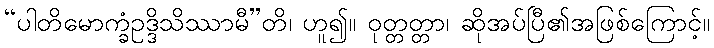
“ပါတိမောက္ခံဥဒ္ဒိသိဿာမီ”တိ၊ ဟူ၍။ ဝုတ္တတ္တာ၊ ဆိုအပ်ပြီ၏အဖြစ်ကြောင့်။